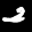
Label: 2